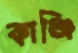
কাঞ্জি